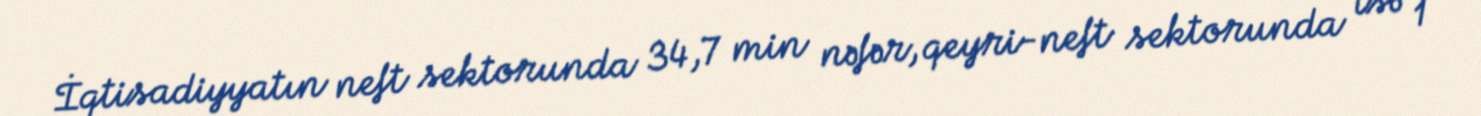
İqtisadiyyatın neft sektorunda 34,7 min nəfər, qeyri-neft sektorunda isə 1